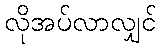
လိုအပ်လာလျှင်